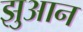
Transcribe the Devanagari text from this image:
झुआन